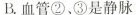
B.血管②、③是静脉